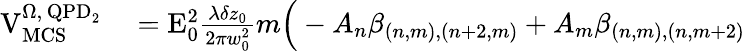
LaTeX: \begin{array}{rl}{\mathrm{V}_{\mathrm{MCS}}^{\Omega,\, \mathrm{QPD}_{2}}}&{{}=\mathrm{E}_{0}^{2}\frac{\lambda\delta z_{0}}{2\pi w_{0}^{2}}m\Big(-A_{n}\beta_{(n,m),(n+2,m)}+A_{m}\beta_{(n,m),(n,m+2)}}\end{array}